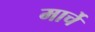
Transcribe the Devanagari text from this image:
मार्चे